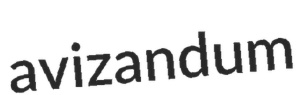
avizandum